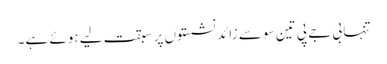
تنہا بی جے پی تین سو سے زائد نشستوں پر سبقت لیے ہوئے ہے۔